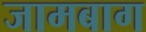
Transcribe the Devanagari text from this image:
जामबाग